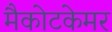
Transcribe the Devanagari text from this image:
मैकोटकेमर